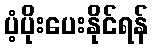
ပံ့ပိုးပေးနိုင်ရန်